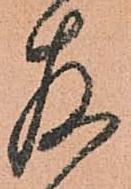
存